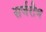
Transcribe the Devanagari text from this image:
सर्जरीज